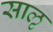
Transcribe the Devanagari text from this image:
साऌ